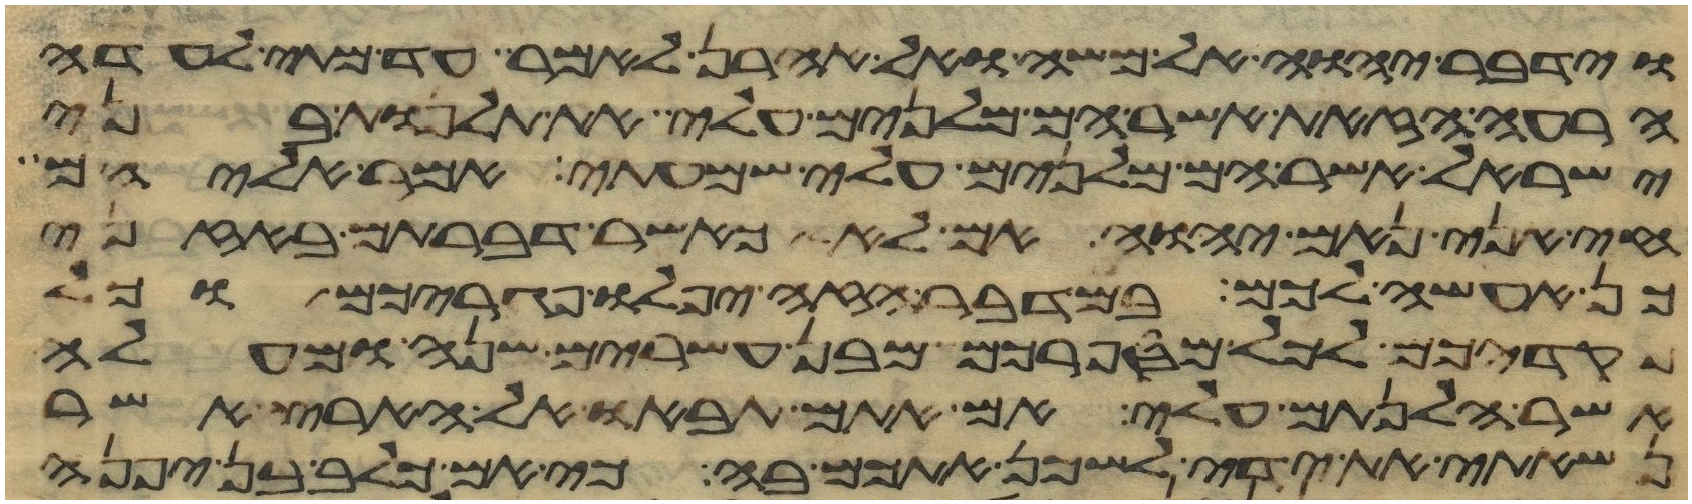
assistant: וידבר יהוה אל משה ואל אהרן לאמר עד מתי לעדה
הרעה הזאת אשר הם מלנים עלי את תלנות בני
ישראל אשר הם מלנים עלי שמעתי אמר אליהם
חי אני נאם יהוה אם לא כאשר דברתם באזני
כן אעשה לכם במדבר הזה יפלו פגריכם וכל
פקדיכם לכל מספרכם מבן עשרים שנה ומעלה
אשר הלנתם עלי אם אתם תבאו אל הארץ אשר
נשאתי את ידי לשכן אתכם בה כי אם כלב בן יפנה